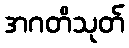
အဂတိသုတ်